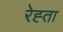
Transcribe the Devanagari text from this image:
रेह्ता